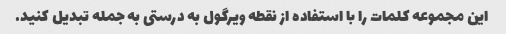
این مجموعه کلمات را با استفاده از نقطه ویرگول به درستی به جمله تبدیل کنید.